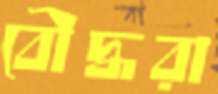
বৌদ্ধরা